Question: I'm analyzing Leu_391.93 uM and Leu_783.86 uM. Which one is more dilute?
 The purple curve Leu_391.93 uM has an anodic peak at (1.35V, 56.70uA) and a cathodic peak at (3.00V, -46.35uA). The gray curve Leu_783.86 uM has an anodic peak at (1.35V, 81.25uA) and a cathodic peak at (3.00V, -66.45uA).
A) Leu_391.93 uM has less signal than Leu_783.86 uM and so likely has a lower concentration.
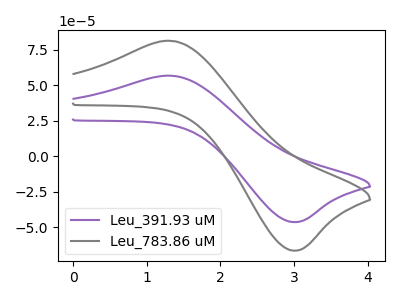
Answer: <think>All the peaks in "Leu_391.93 uM" have a peak in "Leu_783.86 uM" at the same potential. Every peak in "Leu_391.93 uM" is lower than every peak in "Leu_783.86 uM".
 </think>
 <answer>A) "Leu_391.93 uM" has less signal than "Leu_783.86 uM" and so likely has a lower concentration.</answer>
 <eval>A</eval>